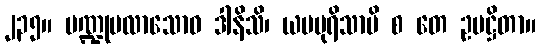
၂၃၅။ ပဏ္ဍုပလာသောဝ ဒါနိသိ၊ ယမပုရိသာပိ စ တေ ဥပဋ္ဌိတာ။